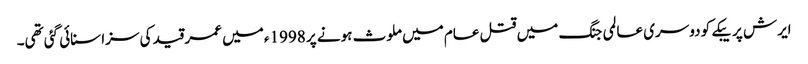
ایرش پریبکے کو دوسری عالمی جنگ میں قتل عام میں ملوث ہونے پر 1998ء میں عمر قید کی سزا سنائی گئی تھی۔